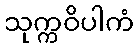
သုက္ကဝိပါကံ